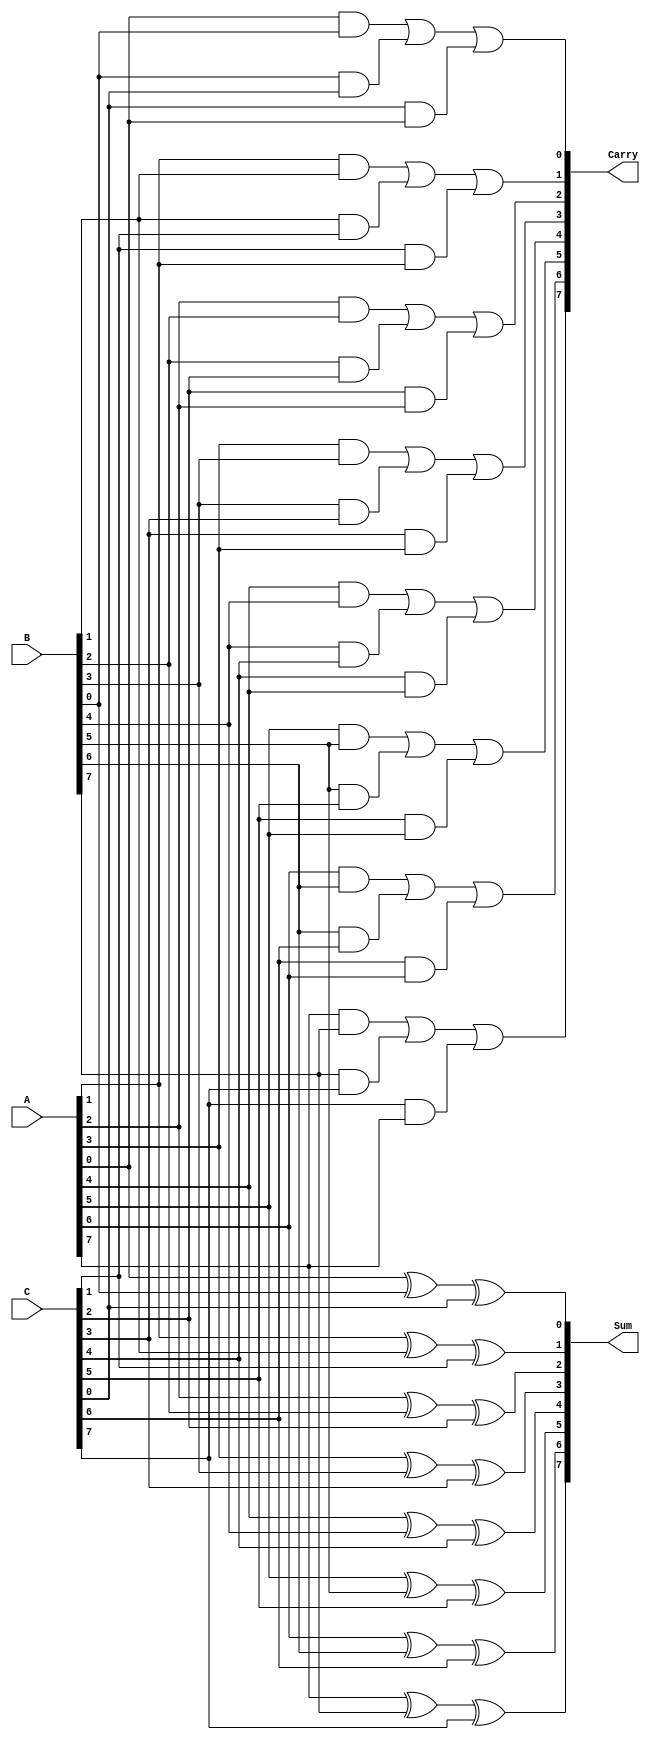
module carry_save_adder #(parameter N = 8) (
    input  wire [N-1:0] A,    // First operand
    input  wire [N-1:0] B,    // Second operand
    input  wire [N-1:0] C,    // Third operand
    output wire [N-1:0] Sum,   // Sum output
    output wire [N-1:0] Carry   // Carry output
);

    // Generate the sum and carry outputs
    genvar i;
    generate
        for (i = 0; i < N; i = i + 1) begin : CSA
            assign Sum[i] = A[i] ^ B[i] ^ C[i]; // Sum calculation
            assign Carry[i] = (A[i] & B[i]) | (B[i] & C[i]) | (C[i] & A[i]); // Carry calculation
        end
    endgenerate

endmodule